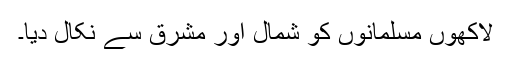
لاکھوں مسلمانوں کو شمال اور مشرق سے نکال دیا۔